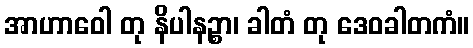
အာဟာဝေါ တု နိပါနဉ္စာ၊ ခါတံ တု ဒေဝခါတကံ။